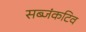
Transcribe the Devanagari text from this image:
सब्जंकटिव